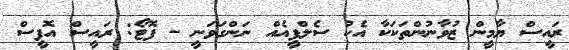
ރައީސް ޔާމީން ޒުވާނުންތަކަކާ އެކު ސެލްފީއެއް ނަންގަވަނީ - ފޮޓޯ: ރައީސް އޮފީސް